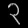
Digit: ၃